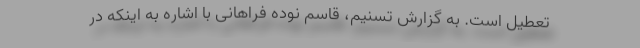
تعطیل است. به گزارش تسنیم، ‌قاسم نوده فراهانی با اشاره به اینکه در